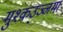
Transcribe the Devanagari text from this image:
मुश्कउज्जमां